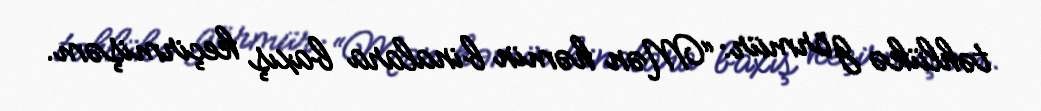
təhlükə görmür: “Mən həmin binalara baxış keçirmişəm.